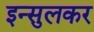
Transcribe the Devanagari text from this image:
इन्सुलकर